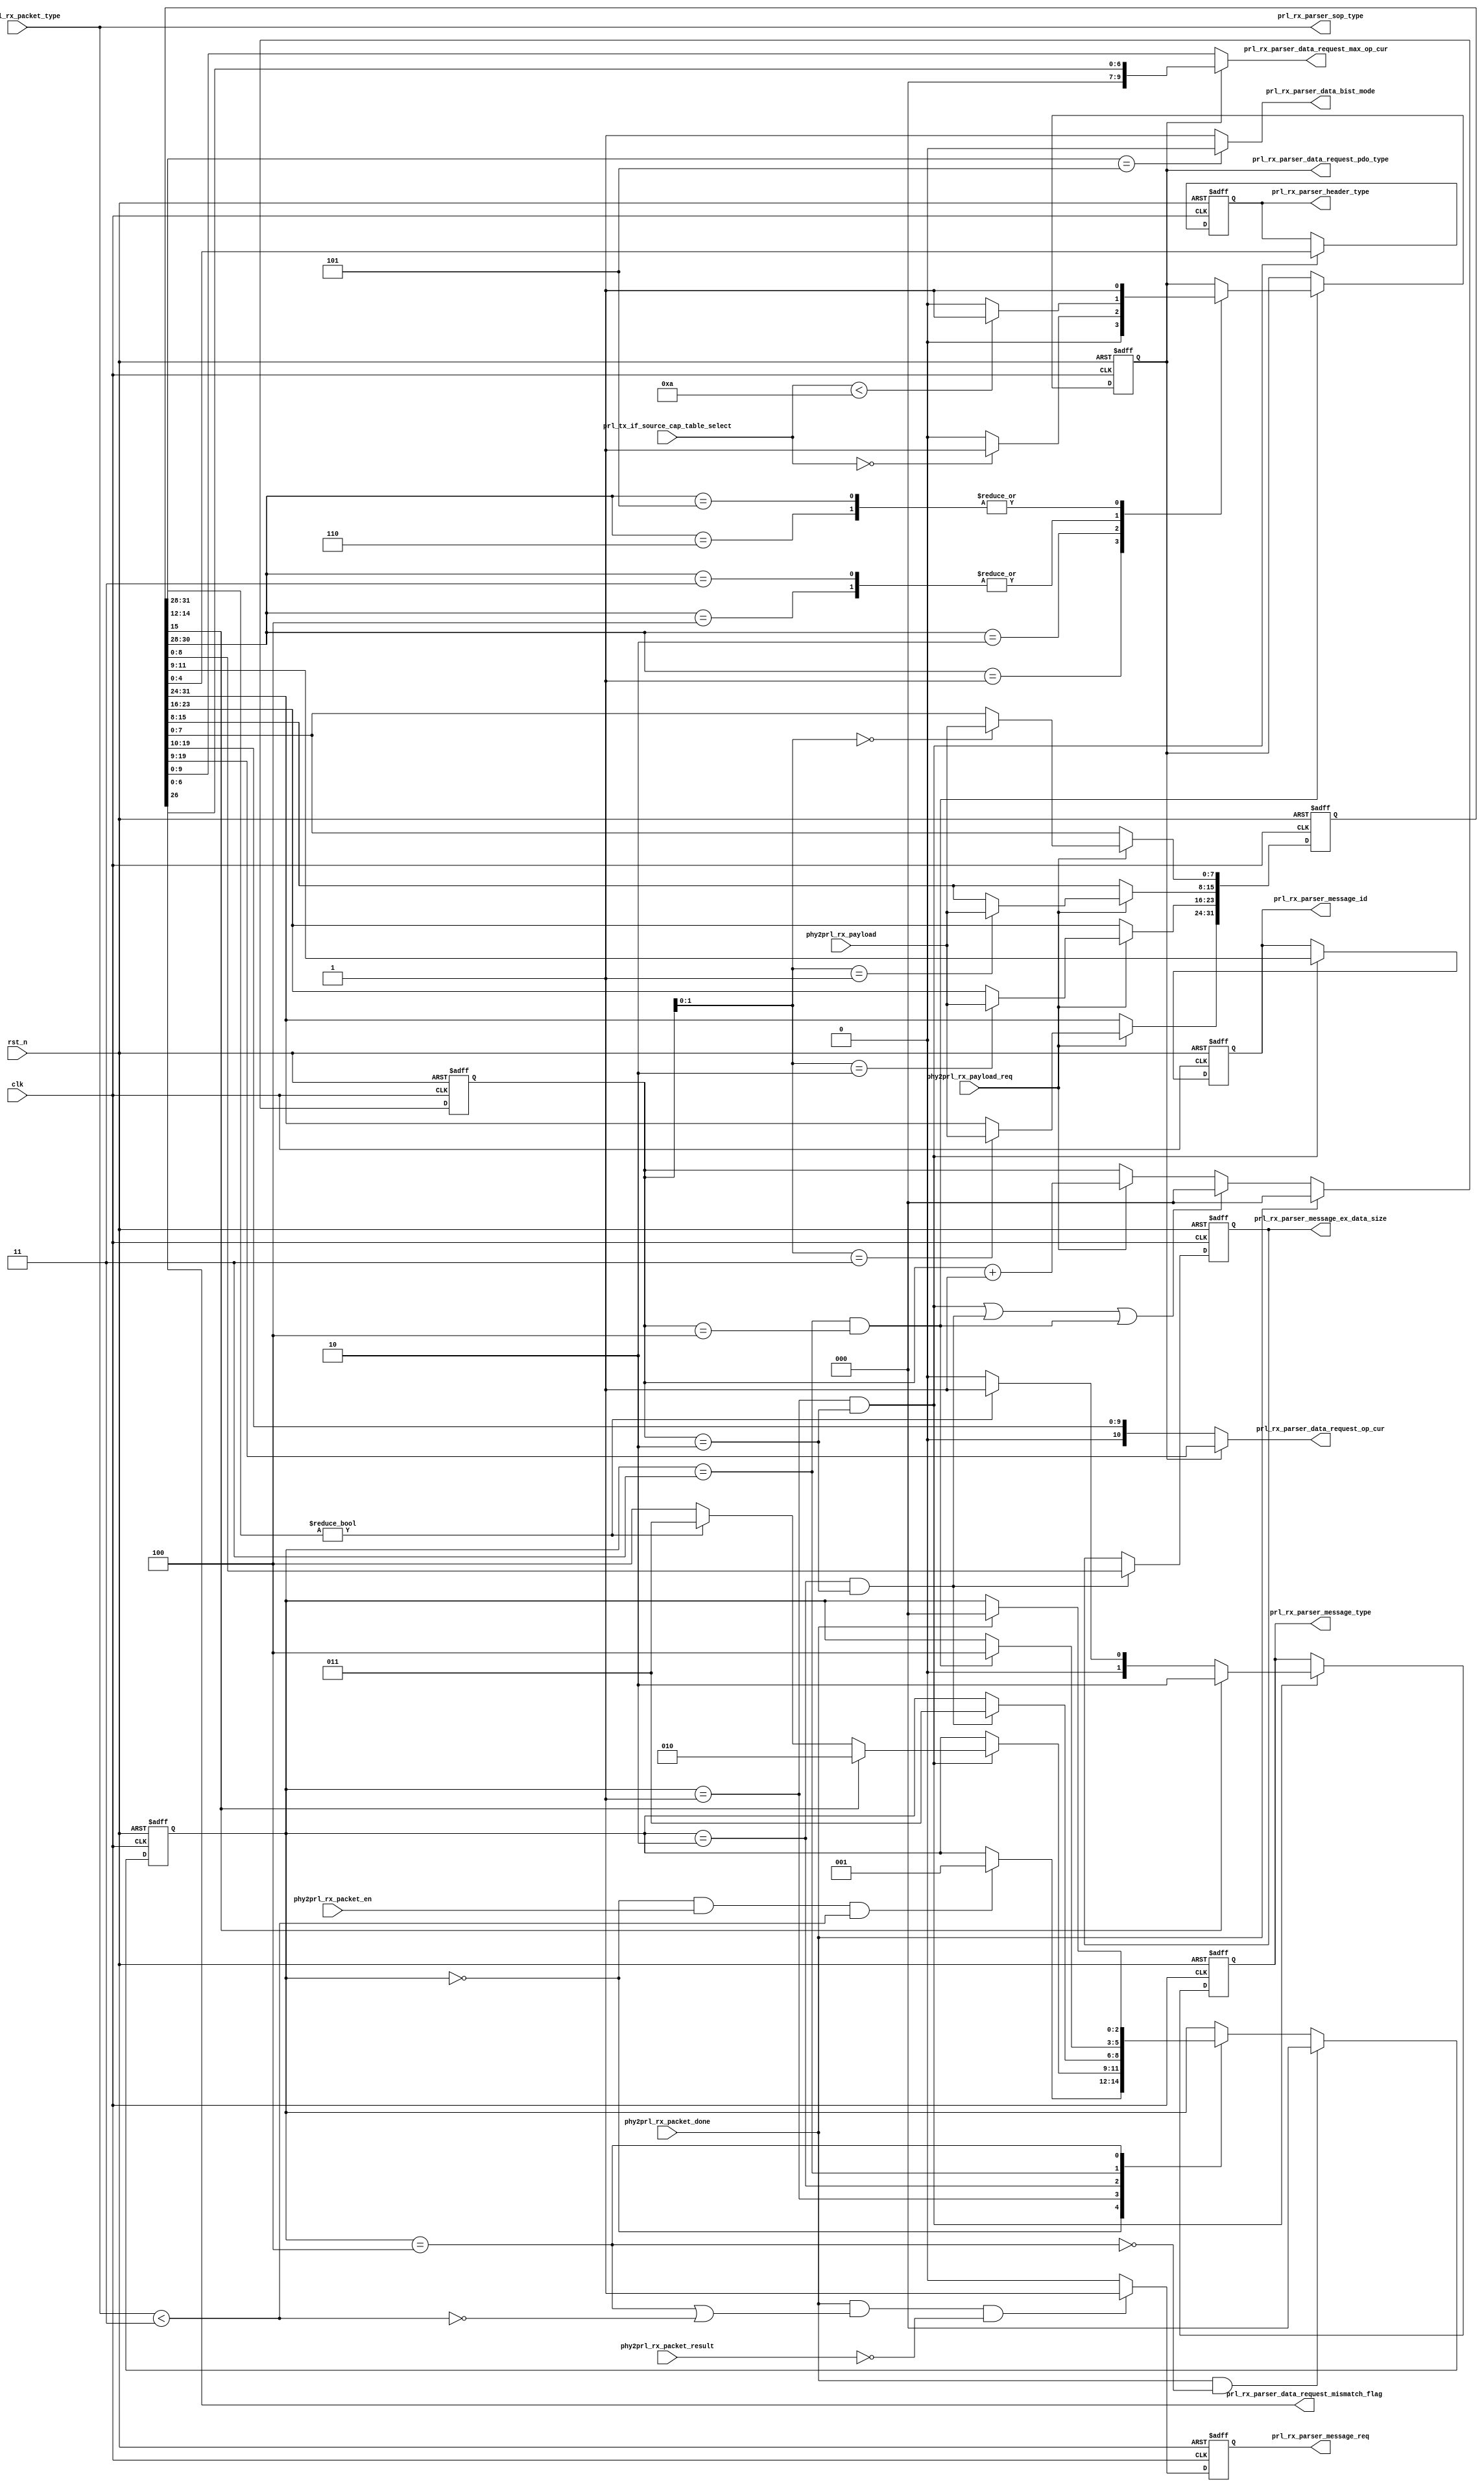
module prl_rx_message_path(
    clk,
    rst_n,

    phy2prl_rx_packet_en,
    phy2prl_rx_packet_type,
    phy2prl_rx_packet_done,
    phy2prl_rx_packet_result,

    phy2prl_rx_payload,
    phy2prl_rx_payload_req,

    prl_tx_if_source_cap_table_select,

    prl_rx_parser_message_req,
    //prl_rx_parser_message_result,
    prl_rx_parser_message_type,
    prl_rx_parser_sop_type,
    prl_rx_parser_header_type,
    prl_rx_parser_message_id,

    prl_rx_parser_message_ex_data_size,
    
    //bist message
    prl_rx_parser_data_bist_mode,
    
    //request message
    prl_rx_parser_data_request_pdo_type,
    prl_rx_parser_data_request_op_cur,
    prl_rx_parser_data_request_max_op_cur,
    prl_rx_parser_data_request_mismatch_flag

);

input              clk;
input              rst_n;


input              phy2prl_rx_packet_en;
input    [ 2:0]    phy2prl_rx_packet_type;
input              phy2prl_rx_packet_done;
input    [ 1:0]    phy2prl_rx_packet_result;

input    [ 7:0]    phy2prl_rx_payload;
input              phy2prl_rx_payload_req;

input    [ 3:0]    prl_tx_if_source_cap_table_select;

output             prl_rx_parser_message_req;
//output   [ 2:0]    prl_rx_parser_message_result;
output   [ 1:0]    prl_rx_parser_message_type;
output   [ 2:0]    prl_rx_parser_sop_type;
output   [ 4:0]    prl_rx_parser_header_type;
output   [ 2:0]    prl_rx_parser_message_id;
output   [ 8:0]    prl_rx_parser_message_ex_data_size;

output             prl_rx_parser_data_bist_mode;

output             prl_rx_parser_data_request_pdo_type;
output   [10:0]    prl_rx_parser_data_request_op_cur;
output   [ 9:0]    prl_rx_parser_data_request_max_op_cur;
output             prl_rx_parser_data_request_mismatch_flag;

localparam PRL_RX_PARSER_IDLE                      = 3'h0;
localparam PRL_RX_PARSER_MESSAGE_HEADER            = 3'h1;
localparam PRL_RX_PARSER_MESSAGE_EXTENDED          = 3'h2;
localparam PRL_RX_PARSER_MESSAGE_DATA              = 3'h3;
localparam PRL_RX_PARSER_INFORM_MESSAGE            = 3'h4;

reg      [ 1:0]    prl_rx_parser_message_type;
reg      [ 4:0]    prl_rx_parser_header_type;
reg      [ 2:0]    prl_rx_parser_message_id;
reg      [ 8:0]    prl_rx_parser_message_ex_data_size;


reg                prl_rx_parser_data_request_pdo_type;
reg      [ 7:0]    prl_rx_parser_data_src_cap_max_vol;
reg      [ 9:0]    prl_rx_parser_data_src_cap_voltage;
reg      [ 9:0]    prl_rx_parser_data_src_cap_max_cur;
//state machine
reg      [ 2:0]    prl_rx_parser_cur_st;
reg      [ 2:0]    prl_rx_parser_nxt_st;

wire               prl_rx_parser_st_is_idle                     ; 
wire               prl_rx_parser_st_is_message_header           ; 
wire               prl_rx_parser_st_is_message_extended         ; 
wire               prl_rx_parser_st_is_message_data             ; 
wire               prl_rx_parser_st_is_inform_message           ; 

wire               prl_rx_parser_receive_req;
reg      [ 2:0]    prl_rx_parser_receive_data_cnt;
reg      [31:0]    prl_rx_parser_receive_data;
wire     [ 1:0]    prl_rx_parser_receive_message_type;
wire               prl_rx_parser_receive_is_sop_type;

wire               prl_rx_parser_receive_header_done;
wire               prl_rx_parser_receive_header_ex_done;
wire               prl_rx_parser_receive_data_done;
wire               prl_rx_parser_receive_stage_done;

wire               prl_rx_parser_receive_packet_done;


reg                prl_rx_parser_message_req;
//reg      [ 2:0]    prl_rx_parser_message_result;
//========================================================================================
//========================================================================================
//               PRL Message Construct State Machine
//========================================================================================
//========================================================================================

always @(posedge clk or negedge rst_n) begin
       if(!rst_n) begin
              prl_rx_parser_cur_st <= PRL_RX_PARSER_IDLE;
       end
       else if(prl_rx_parser_receive_packet_done && !prl_rx_parser_st_is_inform_message) begin
              prl_rx_parser_cur_st <= PRL_RX_PARSER_IDLE;
       end
       else begin
              prl_rx_parser_cur_st <= prl_rx_parser_nxt_st;
       end
end

assign   prl_rx_parser_st_is_idle                      = (prl_rx_parser_cur_st == PRL_RX_PARSER_IDLE                );
assign   prl_rx_parser_st_is_message_header            = (prl_rx_parser_cur_st == PRL_RX_PARSER_MESSAGE_HEADER      );
assign   prl_rx_parser_st_is_message_extended          = (prl_rx_parser_cur_st == PRL_RX_PARSER_MESSAGE_EXTENDED    );
assign   prl_rx_parser_st_is_message_data              = (prl_rx_parser_cur_st == PRL_RX_PARSER_MESSAGE_DATA        );
assign   prl_rx_parser_st_is_inform_message            = (prl_rx_parser_cur_st == PRL_RX_PARSER_INFORM_MESSAGE      );


always @(*) begin
        prl_rx_parser_nxt_st = prl_rx_parser_cur_st;

        case(prl_rx_parser_cur_st)
          PRL_RX_PARSER_IDLE: begin
            if(prl_rx_parser_receive_req && prl_rx_parser_receive_is_sop_type) begin
                  prl_rx_parser_nxt_st = PRL_RX_PARSER_MESSAGE_HEADER;
            end
          end
          PRL_RX_PARSER_MESSAGE_HEADER: begin
            if(prl_rx_parser_receive_header_done) begin
               if(prl_rx_parser_receive_data[15]) begin  //extended message
                  prl_rx_parser_nxt_st = PRL_RX_PARSER_MESSAGE_EXTENDED;
               end
               else if(prl_rx_parser_receive_data[14:12] != 3'h0) begin  //data message
                  prl_rx_parser_nxt_st = PRL_RX_PARSER_MESSAGE_DATA;
               end
               else begin  //control message
                  prl_rx_parser_nxt_st = PRL_RX_PARSER_INFORM_MESSAGE;
               end
            end
          end
          PRL_RX_PARSER_MESSAGE_EXTENDED: begin
            if(prl_rx_parser_receive_header_ex_done) begin
                  prl_rx_parser_nxt_st = PRL_RX_PARSER_MESSAGE_DATA;
            end
          end
          PRL_RX_PARSER_MESSAGE_DATA: begin
            if(prl_rx_parser_receive_data_done) begin
                  prl_rx_parser_nxt_st = PRL_RX_PARSER_INFORM_MESSAGE;
            end
          end
          PRL_RX_PARSER_INFORM_MESSAGE: begin
            if(prl_rx_parser_receive_packet_done ) begin
               prl_rx_parser_nxt_st = PRL_RX_PARSER_IDLE;
            end
          end
	  default;
        endcase
end

//rx parser control signal genereate

assign prl_rx_parser_receive_req            = (prl_rx_parser_st_is_idle && phy2prl_rx_packet_en);
assign prl_rx_parser_receive_message_type   = prl_rx_parser_message_type;
assign prl_rx_parser_receive_is_sop_type    = (phy2prl_rx_packet_type < 3'h3);
assign prl_rx_parser_receive_packet_done    = phy2prl_rx_packet_done;


always @(posedge clk or negedge rst_n) begin
       if(!rst_n) begin
              prl_rx_parser_receive_data_cnt <= 3'h0;
       end
       else if(prl_rx_parser_receive_packet_done) begin
              prl_rx_parser_receive_data_cnt <= 3'h0;
       end
       else if(prl_rx_parser_receive_stage_done) begin
              prl_rx_parser_receive_data_cnt <= 3'h0;
       end
       else if(phy2prl_rx_payload_req ) begin
              prl_rx_parser_receive_data_cnt <= prl_rx_parser_receive_data_cnt + 1'h1;
       end
end

always @(posedge clk or negedge rst_n) begin
       if(!rst_n) begin
              prl_rx_parser_receive_data <= 32'h0;
       end
       //else if(prl_rx_parser_st_is_inform_message) begin
       //       prl_rx_parser_receive_data <= 32'h0;
       //end
       else if(phy2prl_rx_payload_req ) begin
           case(prl_rx_parser_receive_data_cnt[1:0])
              2'h0: prl_rx_parser_receive_data[ 7: 0] <= phy2prl_rx_payload;
              2'h1: prl_rx_parser_receive_data[15: 8] <= phy2prl_rx_payload;
              2'h2: prl_rx_parser_receive_data[23:16] <= phy2prl_rx_payload;
              2'h3: prl_rx_parser_receive_data[31:24] <= phy2prl_rx_payload;
	      default;
	   endcase
       end
end

assign prl_rx_parser_receive_stage_done       = prl_rx_parser_receive_header_done || prl_rx_parser_receive_header_ex_done || prl_rx_parser_receive_data_done;

assign prl_rx_parser_receive_header_done      = (prl_rx_parser_st_is_message_header   && (prl_rx_parser_receive_data_cnt == 3'h2));
assign prl_rx_parser_receive_header_ex_done   = (prl_rx_parser_st_is_message_extended && (prl_rx_parser_receive_data_cnt == 3'h2));
assign prl_rx_parser_receive_data_done        = (prl_rx_parser_st_is_message_data     && (prl_rx_parser_receive_data_cnt == 3'h4)); //????

//========================================================================================
//========================================================================================
//               PRL Parser Message 
//========================================================================================
//========================================================================================
//header parser
always @(posedge clk or negedge rst_n) begin
       if(!rst_n) begin
              prl_rx_parser_message_type <= 2'h0;
              prl_rx_parser_header_type <= 5'h0;
              prl_rx_parser_message_id <= 3'h0;
       end
       else if(prl_rx_parser_receive_header_done) begin
          if(prl_rx_parser_receive_data[15]) begin
              prl_rx_parser_message_type <= 2'h2;
          end
          else if(prl_rx_parser_receive_data[14:12] != 3'h0) begin
              prl_rx_parser_message_type <= 2'h1;
          end
	  else begin
              prl_rx_parser_message_type <= 2'h0;
          end

              prl_rx_parser_header_type <= prl_rx_parser_receive_data[4:0];
              prl_rx_parser_message_id <= prl_rx_parser_receive_data[11:9];
       end
end

assign prl_rx_parser_sop_type        = phy2prl_rx_packet_type;

//extended header parser
always @(posedge clk or negedge rst_n) begin
       if(!rst_n) begin
              prl_rx_parser_message_ex_data_size <= 9'h0;
       end
       else if(prl_rx_parser_receive_header_ex_done) begin
              prl_rx_parser_message_ex_data_size <= prl_rx_parser_receive_data[8:0];
       end
end

//data message parser
//request data message parser
assign prl_rx_parser_data_bist_mode        = (prl_rx_parser_receive_data[31:28] == 4'b0101) ? 1'b0 : 1'b1;

//request data message parser
always @(posedge clk or negedge rst_n) begin
       if(!rst_n) begin
              prl_rx_parser_data_request_pdo_type        <= 1'h0;
       end
       else if(prl_rx_parser_receive_data_done) begin
           case(prl_rx_parser_receive_data[30:28])
	      3'h1: begin
                   prl_rx_parser_data_request_pdo_type        <= 1'h0;
              end
	      3'h2: begin
                   if(prl_tx_if_source_cap_table_select == 4'h0) begin
                         prl_rx_parser_data_request_pdo_type        <= 1'h1;
                   end
		   else begin
                         prl_rx_parser_data_request_pdo_type        <= 1'h0;
                   end
              end
	      3'h2: begin
                   if(prl_tx_if_source_cap_table_select < 4'h5) begin
                         prl_rx_parser_data_request_pdo_type        <= 1'h1;
                   end
		   else begin
                         prl_rx_parser_data_request_pdo_type        <= 1'h0;
                   end
              end
	      3'h3, 3'h4: begin
                   if(prl_tx_if_source_cap_table_select < 4'ha) begin
                         prl_rx_parser_data_request_pdo_type        <= 1'h1;
                   end
		   else begin
                         prl_rx_parser_data_request_pdo_type        <= 1'h0;
                   end
              end
	      3'h5, 3'h6: begin
                   prl_rx_parser_data_request_pdo_type        <= 1'h1;
              end
	      default;
	   endcase
       end
end


assign     prl_rx_parser_data_request_op_cur          = prl_rx_parser_data_request_pdo_type ?  prl_rx_parser_receive_data[19:9] : {1'b0, prl_rx_parser_receive_data[19:10]}; 
assign     prl_rx_parser_data_request_max_op_cur      = prl_rx_parser_data_request_pdo_type ? {3'h0, prl_rx_parser_receive_data[6:0]} : prl_rx_parser_receive_data[9:0]; 


assign     prl_rx_parser_data_request_mismatch_flag   = prl_rx_parser_receive_data[26];


//========================================================================================
//========================================================================================
//               PRL & PHY HandShake Control
//========================================================================================
//========================================================================================

always @(posedge clk or negedge rst_n) begin
       if(!rst_n) begin
              prl_rx_parser_message_req <= 1'h0;
       end
       else if(phy2prl_rx_packet_done && (prl_rx_parser_st_is_inform_message || !prl_rx_parser_receive_is_sop_type) && (phy2prl_rx_packet_result == 2'h0)) begin
              prl_rx_parser_message_req <= 1'h1;
       end
       else begin
              prl_rx_parser_message_req <= 1'h0;
       end
end

//always @(posedge clk or negedge rst_n) begin
//       if(!rst_n) begin
//              prl_rx_parser_message_result <= 3'h0;
//       end
//       else if(phy2prl_rx_packet_done && !prl_rx_parser_st_is_inform_message) begin
//              prl_rx_parser_message_result <= 3'h4;
//       end
//       else if(phy2prl_rx_packet_done && prl_rx_parser_st_is_inform_message) begin
//              prl_rx_parser_message_result <= phy2prl_rx_packet_result;
//       end
//end









endmodule